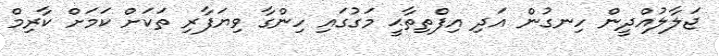
ޖަލާލުއްދީން ހިނގުން އަދި އިފްތިތާޙީ މަގުގައި ހިންގާ ވިޔަފާރި ތަކަށް ކަމަށް ކާރިމް